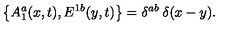
\big \{ A _ { 1 } ^ { a } ( x , t ) , E ^ { 1 b } ( y , t ) \big \} = \delta ^ { a b } \: \delta ( x - y ) .